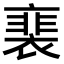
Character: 𧜏